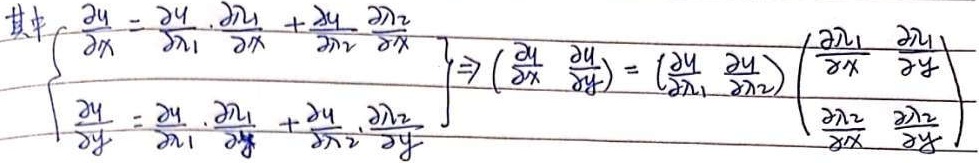
\[
\begin{pmatrix}
\frac{\partial r}{\partial u} & \frac{\partial x}{\partial u} \\
\frac{\partial r}{\partial v} & \frac{\partial x}{\partial v}
\end{pmatrix}
\begin{pmatrix}
\frac{\partial u}{\partial r} & \frac{\partial v}{\partial r} \\
\frac{\partial u}{\partial x} & \frac{\partial v}{\partial x}
\end{pmatrix}
=
\begin{pmatrix}
\frac{\partial r}{\partial r} & \frac{\partial x}{\partial r} \\
\frac{\partial r}{\partial x} & \frac{\partial x}{\partial x}
\end{pmatrix}
\Leftrightarrow
\begin{cases}
\frac{\partial r}{\partial u}\frac{\partial u}{\partial r}+\frac{\partial r}{\partial v}\frac{\partial v}{\partial r}=\frac{\partial r}{\partial r} \\
\frac{\partial x}{\partial u}\frac{\partial u}{\partial r}+\frac{\partial x}{\partial v}\frac{\partial v}{\partial r}=\frac{\partial x}{\partial r}
\end{cases}
\]